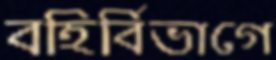
বহির্বিভাগে